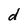
Character: d